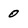
Character: 0